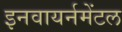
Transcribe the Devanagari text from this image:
इनवायर्नमेंटल